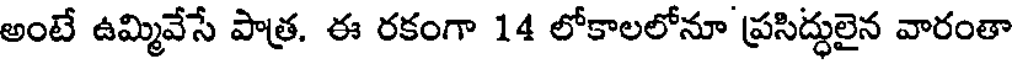
అంటే ఉమ్మివేసే పాత్ర. ఈ రకంగా 14 లోకాలలోనూ ప్రసిద్ధులైన వారంతా